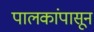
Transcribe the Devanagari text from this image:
पालकांपासून